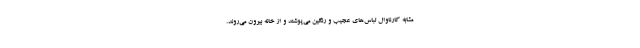
مشابه کارناوال لباس‌های عجیب و رنگین می‌پوشند و از خانه بیرون می‌روند.